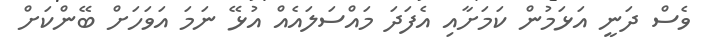
ވެސް ދަނީ އަޅަމުން ކަމަށާއި އެފަދަ މައްސަލައެއް އުޅޭ ނަމަ އަވަހަށް ބޭންކަށް